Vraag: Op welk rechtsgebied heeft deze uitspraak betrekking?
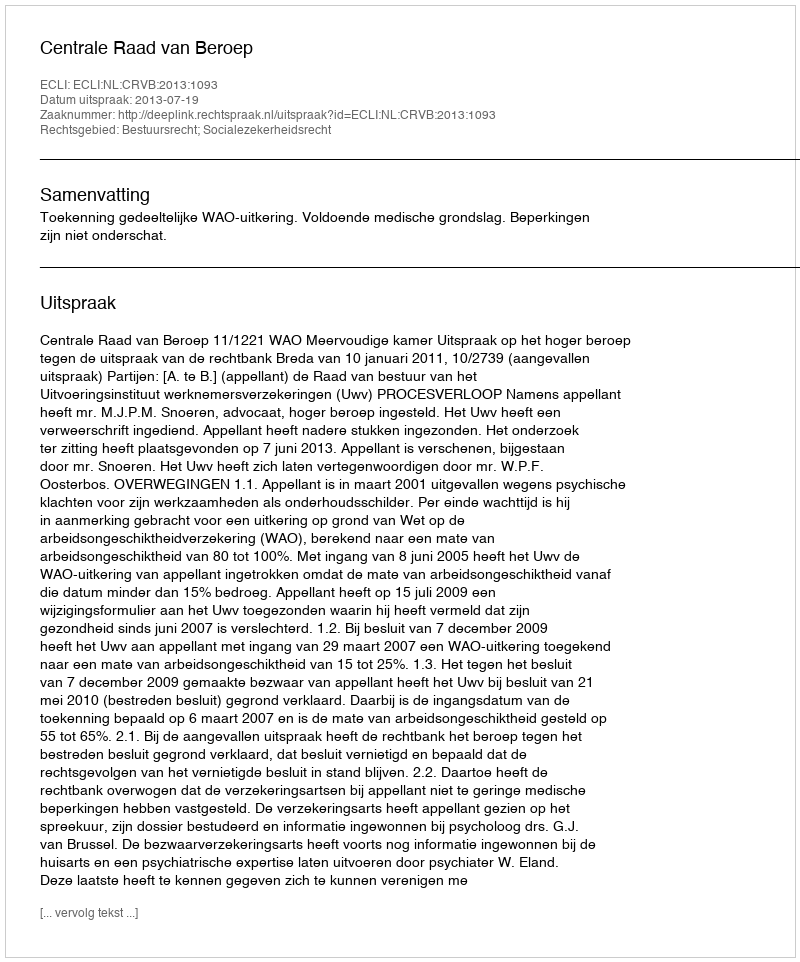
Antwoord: Bestuursrecht; Socialezekerheidsrecht